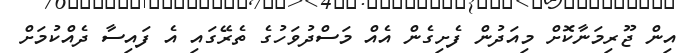
އިން ޖޫރިމަނާކޮށް މިއަދުން ފެށިގެން އެއް މަސްދުވަހުގެ ތެރޭގައި އެ ފައިސާ ދެއްކުމަށް